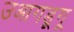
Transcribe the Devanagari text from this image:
उआगडूगू